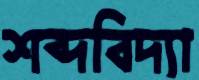
শব্দবিদ্যা